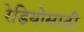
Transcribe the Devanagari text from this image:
रेडियोसाठी